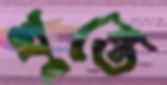
খুন্তে